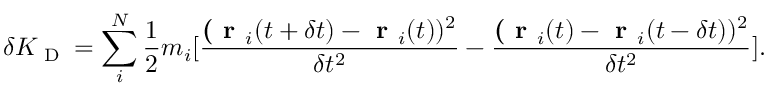
\delta K _ { \textrm { D } } = \sum _ { i } ^ { N } \frac { 1 } { 2 } m _ { i } [ \frac { \textbf ( \textbf { r } _ { i } ( t + \delta t ) - \textbf { r } _ { i } ( t ) ) ^ { 2 } } { \delta t ^ { 2 } } - \frac { \textbf ( \textbf { r } _ { i } ( t ) - \textbf { r } _ { i } ( t - \delta t ) ) ^ { 2 } } { \delta t ^ { 2 } } ] .